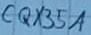
Text: CQX35A